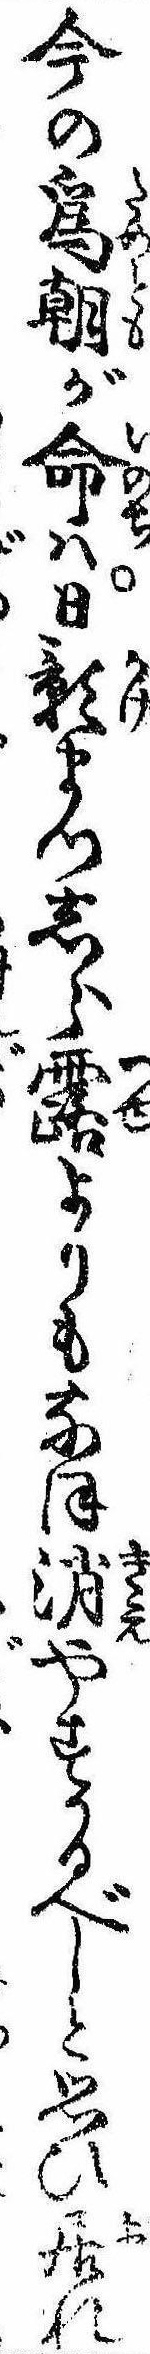
今の為朝が命は日影まつしら露よりもなほ消やすかるべしと思ひ居れ